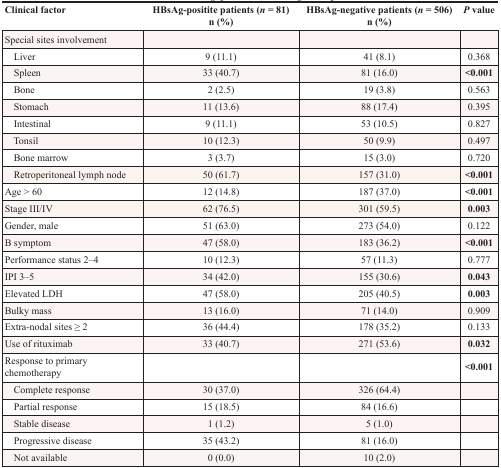
<table><thead><tr><td><b>Clinical factor</b></td><td><b>HBsAg-positite patients (<i>n</i> = 81) n (%)</b></td><td><b>HBsAg-negative patients (<i>n</i> = 506) n (%)</b></td><td><b><i>P</i> value</b></td></tr></thead><tbody><tr><td>Special sites involvement</td><td></td><td></td><td></td></tr><tr><td> Liver</td><td>9 (11.1)</td><td>41 (8.1)</td><td>0.368</td></tr><tr><td> Spleen</td><td>33 (40.7)</td><td>81 (16.0)</td><td><b>&lt;0.001</b></td></tr><tr><td> Bone</td><td>2 (2.5)</td><td>19 (3.8)</td><td>0.563</td></tr><tr><td> Stomach</td><td>11 (13.6)</td><td>88 (17.4)</td><td>0.395</td></tr><tr><td> Intestinal</td><td>9 (11.1)</td><td>53 (10.5)</td><td>0.827</td></tr><tr><td> Tonsil</td><td>10 (12.3)</td><td>50 (9.9)</td><td>0.497</td></tr><tr><td> Bone marrow</td><td>3 (3.7)</td><td>15 (3.0)</td><td>0.720</td></tr><tr><td> Retroperitoneal lymph node</td><td>50 (61.7)</td><td>157 (31.0)</td><td><b>&lt;0.001</b></td></tr><tr><td>Age &gt; 60</td><td>12 (14.8)</td><td>187 (37.0)</td><td><b>&lt;0.001</b></td></tr><tr><td>Stage III/IV</td><td>62 (76.5)</td><td>301 (59.5)</td><td><b>0.003</b></td></tr><tr><td>Gender, male</td><td>51 (63.0)</td><td>273 (54.0)</td><td>0.122</td></tr><tr><td>B symptom</td><td>47 (58.0)</td><td>183 (36.2)</td><td><b>&lt;0.001</b></td></tr><tr><td>Performance status 2–4</td><td>10 (12.3)</td><td>57 (11.3)</td><td>0.777</td></tr><tr><td>IPI 3–5</td><td>34 (42.0)</td><td>155 (30.6)</td><td><b>0.043</b></td></tr><tr><td>Elevated LDH</td><td>47 (58.0)</td><td>205 (40.5)</td><td><b>0.003</b></td></tr><tr><td>Bulky mass</td><td>13 (16.0)</td><td>71 (14.0)</td><td>0.909</td></tr><tr><td>Extra-nodal sites ≥ 2</td><td>36 (44.4)</td><td>178 (35.2)</td><td>0.133</td></tr><tr><td>Use of rituximab</td><td>33 (40.7)</td><td>271 (53.6)</td><td><b>0.032</b></td></tr><tr><td>Response to primary chemotherapy</td><td></td><td></td><td><b>&lt;0.001</b></td></tr><tr><td> Complete response</td><td>30 (37.0)</td><td>326 (64.4)</td><td></td></tr><tr><td> Partial response</td><td>15 (18.5)</td><td>84 (16.6)</td><td></td></tr><tr><td> Stable disease</td><td>1 (1.2)</td><td>5 (1.0)</td><td></td></tr><tr><td> Progressive disease</td><td>35 (43.2)</td><td>81 (16.0)</td><td></td></tr><tr><td> Not available</td><td>0 (0.0)</td><td>10 (2.0)</td><td></td></tr></tbody></table>